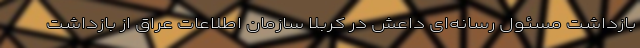
بازداشت مسئول رسانه‌ای داعش در کربلا سازمان اطلاعات عراق از بازداشت